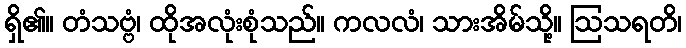
ရှိ၏။ တံသဗ္ဗံ၊ ထိုအလုံးစုံသည်။ ကလလံ၊ သားအိမ်သို့။ ဩသရတိ၊